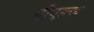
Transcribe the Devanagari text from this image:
पीपुल्ज